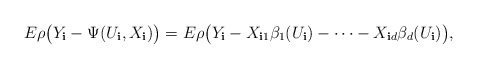
\begin{align*} E\rho\bigl(Y_{\mathbf{i}}-\Psi(U_{\mathbf{i}},X_{\mathbf{i}})\bigr)=E\rho\bigl(Y_{\mathbf{i}}-X_{\mathbf{i}1}\beta_{1}(U_{\mathbf{i}})-\cdots-X_{\mathbf{i}d}\beta_{d}(U_{\mathbf{i}})\bigr),\end{align*}